Report of the Hyderabad Chloroform Commission
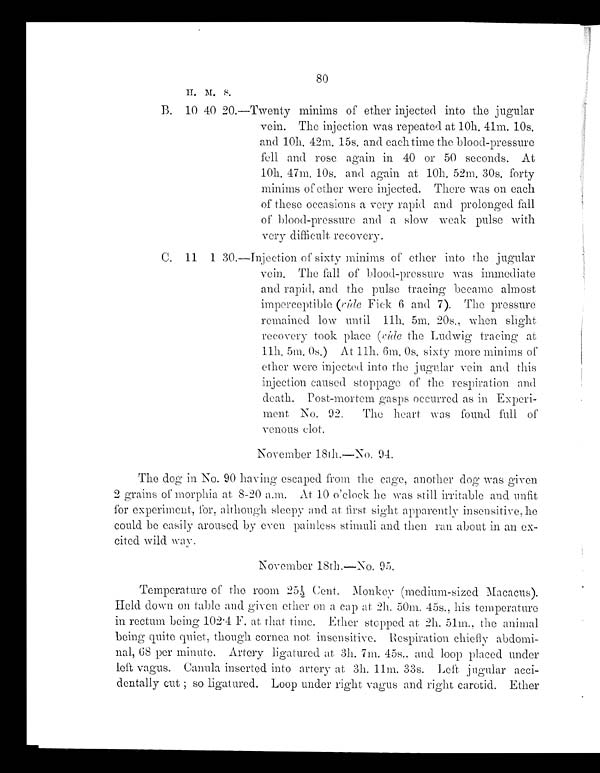
80
H . M . S .
B. 10 40 20.—Twenty minims of ether injected into the jugular
vein. The injection was repeated at 10h. 41m. 10s.
and 10h. 42m. 15s. and each time the blood-pressure
fell and rose again in 40 or 50 seconds. At
1 0 h . 4 7 m. 1 0 s . a n d a g a i n a t 1 0 h . 5 2 m. 3 0 s . f o r t y
minims of ether were injected. There was on each
of these occasions a very rapid and prolonged fall
of blood-pressure and a slow weak pulse with
very diffucult recovery.
C. 11 1 30.—Injection of sixty minims of ether into the jugular
vein. The fall of blood-pressure was immediate
and rapid, and the pulse tracing became almost
imperceptible (vide Fick 6 and 7). The pressure
remained low until 11h. 5m. 20s., when slight
recovery took place (vide the Ludwig tracing at
1 1 h . 5 m . 0 s . ) A t 1 1 h . 6 m . 0 s . s i x t y m o r e m i n i m s o f
ether were injected into the jugular vein and this
injection caused stoppage of the respiration and
death. Post-mortem gasps occurred as in Experi-
ment No. 92. The heart was found full of
venous clot.
November 18th.—No. 94.
The dog in No. 90 having escaped from the cage, another dog was given
2 grains of morphia at 8-20 a.m. At 10 o'clock he was still irritable and unfit
for experiment, for, although sleepy and at first sight apparently insensitive, he
could be easily aroused by even painless stimuli and then ran about in an ex-
cited wild way .
November 18th.—No. 95.
Temperature of the room 251/2 Cent. Monkey (medium-sized Macacus).
Held down on table and given ether on a cap at 2h. 50m. 45s., his temperature
in rectum being 102.4 F. at that time. Ether stopped at 2h. 51m., the animal
being quite quiet, though cornea not insensitive. Respiration chiefly abdomi-
nal, 68 per minute. Artery ligatured at 3h. 7m. 45s.. and loop placed under
left vagus. Canula inserted into artery at 3h. 11m. 33s. Left jugular acci-
d e n t a l l y c u t ; s o l i g a t u r e d . L o o p u n d e r r i g h t v a g u s a n d r i g h t c a r o t i d . E t h e r